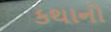
કથાનો